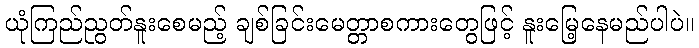
ယုံကြည်ညွတ်နူးစေမည့် ချစ်ခြင်းမေတ္တာစကားတွေဖြင့် နူးမြေ့နေမည်ပါပဲ။